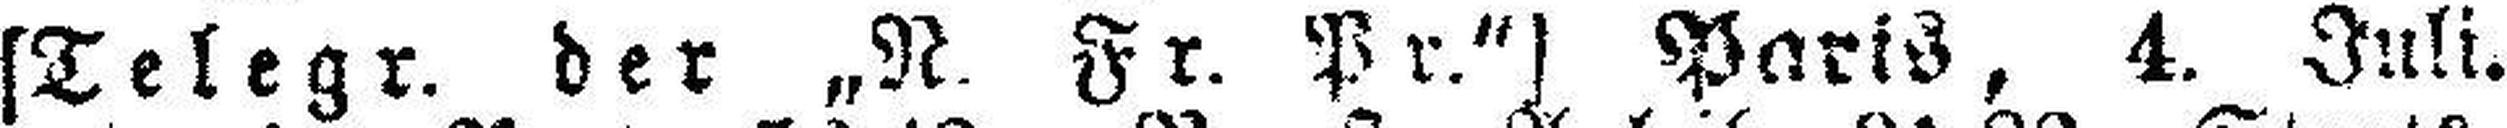
[Telegr. der „N. Fr. Pr.“] Paris, 4. Juli.